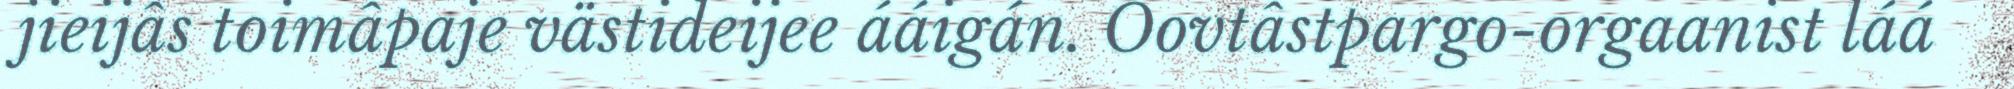
jieijâs toimâpaje västideijee ááigán. Oovtâstpargo-orgaanist láá